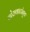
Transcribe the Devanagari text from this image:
चोरावाटांतून